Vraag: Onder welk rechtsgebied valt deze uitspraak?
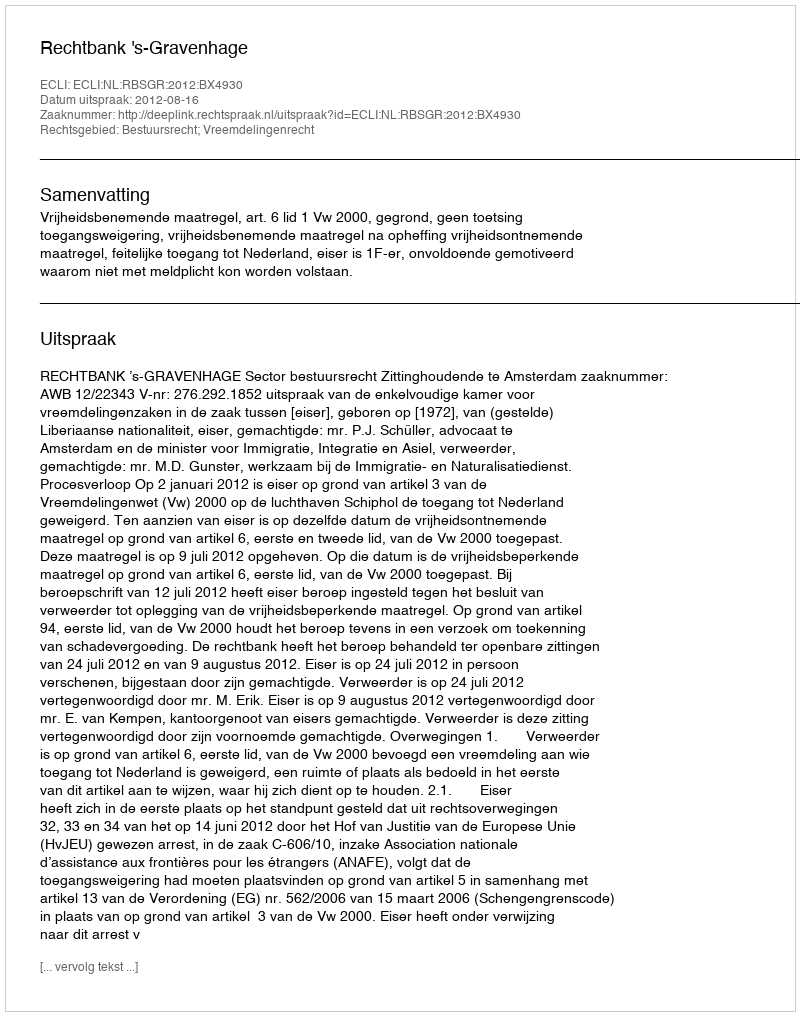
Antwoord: Bestuursrecht; Vreemdelingenrecht